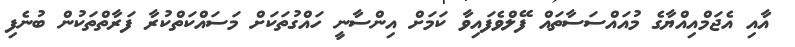
އާއި އެޖަމްއިއްޔާގެ މުއައްސަސާތައް ފޭލްވެފައިވާ ކަމަށް އިންސާނީ ހައްގުތަކަށް މަސައްކަތްކުރާ ފަރާތްތަކުން ބުނެފި